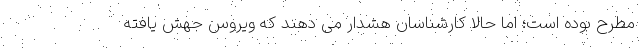
مطرح بوده است؛ اما حالا کارشناسان هشدار می دهند که ویروس جهش یافته